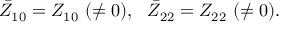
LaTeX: \bar { Z } _ { 1 0 } = Z _ { 1 0 } ~ ( \neq 0 ) , ~ ~ \bar { Z } _ { 2 2 } = Z _ { 2 2 } ~ ( \neq 0 ) .